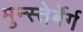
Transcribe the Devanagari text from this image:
मुन्स्तेर्बेर्ग